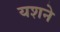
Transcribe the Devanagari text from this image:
यशने